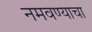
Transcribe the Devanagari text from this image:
नमवण्याचा